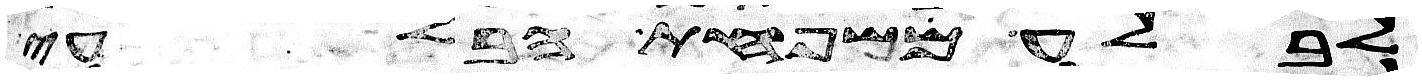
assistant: לבלע משפחת הבלעי